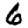
Digit: 6